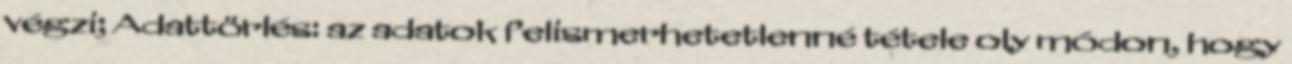
végzi; Adattörlés: az adatok felismerhetetlenné tétele oly módon, hogy